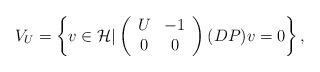
LaTeX: \begin{align*}V_{U}=\left\lbrace v\in \mathcal{H}|\left(\begin{array}{cc} U & -1 \\ 0 & 0\end{array} \right)(DP)v=0 \right\rbrace ,\end{align*}